Document type: Grant of rights
Year: 1254
Scribe: Jaume de Port
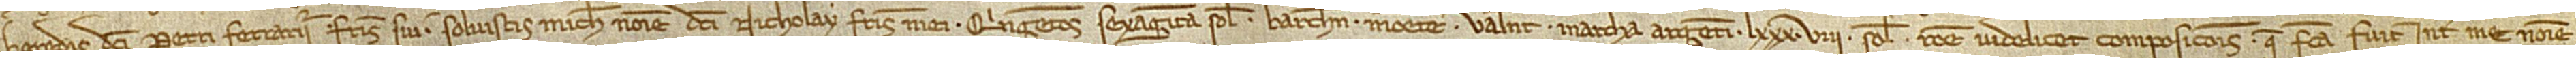
heredis dicti Petri Ferrarii, fratris sui, solvistis michi nomine dicti Nicholay, fratris mei, quingentos sexaginta solidos Barchinone monete, valente marcha argenti LXXXVIII solidos, ratione videlicet composicionis que facta fuit inter me nomine